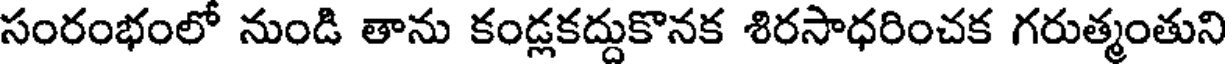
సంరంభంలో నుండి తాను కండ్లకద్దుకొనక శిరసాధరించక గరుత్మంతుని